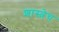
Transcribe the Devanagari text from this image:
शास्त्रेच